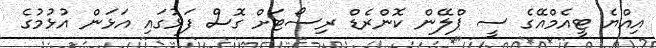
އިއްޔެ ޓީއެމްއޭގެ ސީ ޕްލޭން ކޮންރެޑް ރިސޯޓަށް ގޮސް ފަޅުގައި އަޅަން އުޅުމުގެ